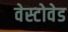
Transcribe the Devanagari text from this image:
वेस्टोवेड